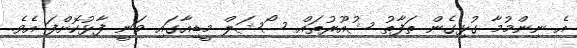
އެ ނިންމުމާ ގުޅިގެން ތަފާތު ޝުއޫރުތައް ސޯޝަލް މީޑިއާގައި ވަނީ ފާޅުކޮށްފަ އެވެ.